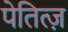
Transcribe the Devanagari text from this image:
पेतित्ज़